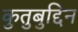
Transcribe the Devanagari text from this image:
कुतुबुद्दिन